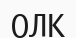
ОЛК